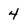
Character: 4